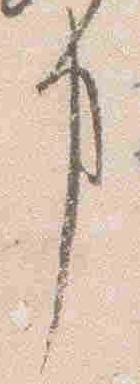
事